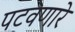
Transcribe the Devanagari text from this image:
पटवणारे